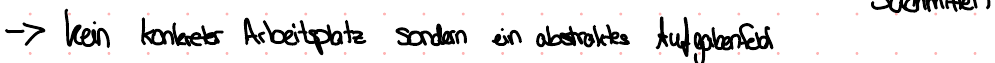
-> kein konkreter Arbeitsplatz sondern ein abstraktes Aufgabenfeld